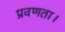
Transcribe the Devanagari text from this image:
प्रवणता।